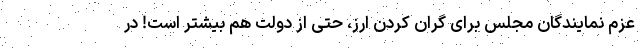
عزم نمایندگان مجلس برای گران کردن ارز، حتی از دولت هم بیشتر است! در